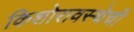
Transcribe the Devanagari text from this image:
किशोरावस्थेची